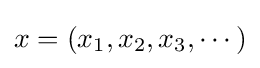
x=(x_{1},x_{2},x_{3},\cdots )